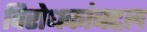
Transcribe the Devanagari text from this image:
विरोधकांबद्दल